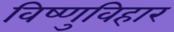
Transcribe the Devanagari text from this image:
विष्णुविहार